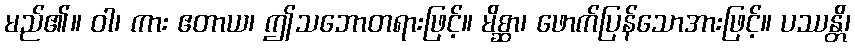
မည်၏။ ဝါ၊ ကား ဧတာယ၊ ဤသဘောတရားဖြင့်။ မိစ္ဆာ၊ ဖောက်ပြန်သောအားဖြင့်။ ပဿန္တိ၊